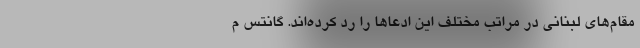
مقام‌های لبنانی در مراتب مختلف این ادعاها را رد کرده‌اند. گانتس م